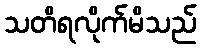
သတိရလိုက်မိသည်